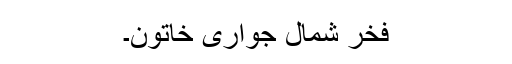
فخر شمال جواری خاتون۔